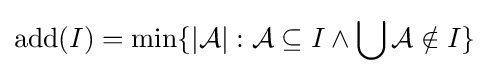
{\rm {add}}(I)=\min\{|{\mathcal {A}}|:{\mathcal {A}}\subseteq I\wedge \bigcup {\mathcal {A}}\notin I\}